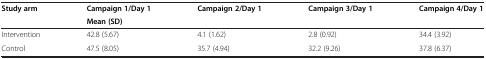
<table><thead><tr><td><b>Study arm</b></td><td><b>Campaign 1/Day 1</b></td><td><b>Campaign 2/Day 1</b></td><td><b>Campaign 3/Day 1</b></td><td><b>Campaign 4/Day 1</b></td></tr><tr><td><b> </b></td><td colspan="4"><b>Mean (SD)</b></td></tr></thead><tbody><tr><td>Intervention</td><td>42.8 (5.67)</td><td>4.1 (1.62)</td><td>2.8 (0.92)</td><td>34.4 (3.92)</td></tr><tr><td>Control</td><td>47.5 (8.05)</td><td>35.7 (4.94)</td><td>32.2 (9.26)</td><td>37.8 (6.37)</td></tr></tbody></table>